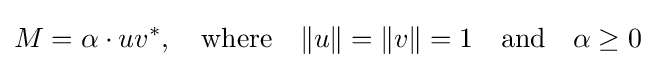
M=\alpha \cdot uv^{*},\quad {\mbox{where}}\quad \|u\|=\|v\|=1\quad {\mbox{and}}\quad \alpha \geq 0